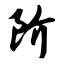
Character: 阶